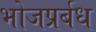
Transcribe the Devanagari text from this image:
भोजप्रर्बध